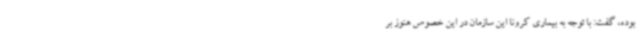
بوده، گفت: با توجه به بیماری کرونا این سازمان در این خصوص هنوز بر